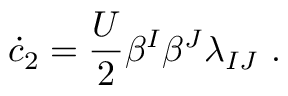
\dot { c } _ { 2 } = \frac { U } 2 \beta ^ { I } \beta ^ { J } \lambda _ { I J } ~ .